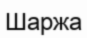
Шаржа